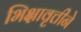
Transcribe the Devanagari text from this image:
भिक्षावृत्तीने